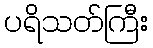
ပရိသတ်ကြီး